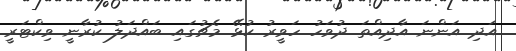
އަދި އަންނަ އާދިއްތަ ދުވަހު ހަވީރު ކުޅޭ މެޗުގައި ބައްދަލު ކުރާނީ ވިކްޓަރީ